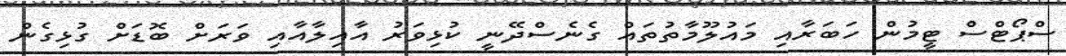
ސްޕޯޓްސް ޓީމުން ހަބަރާއި މައުލޫމާތުތައް ގެނެސްދޭނީ ކުޅިވަރު އާއިލާއާއި ވަރަށް ބޮޑަށް ގުޅިގެން